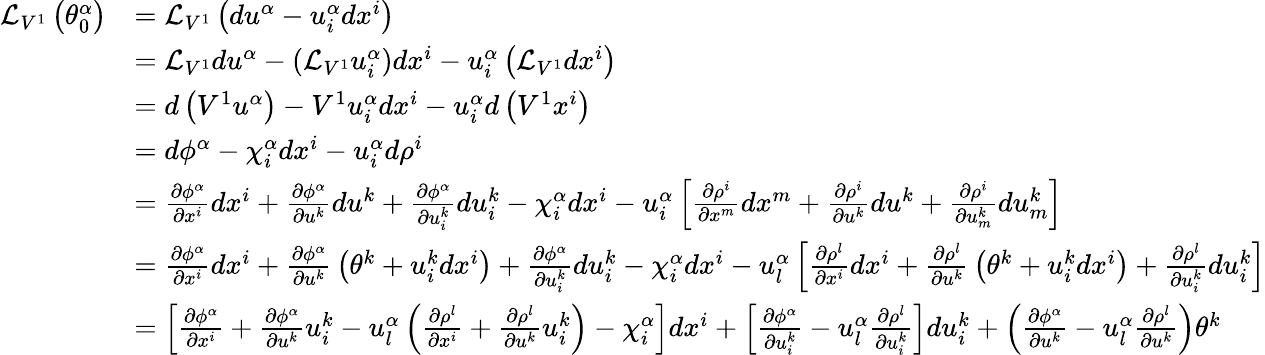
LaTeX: {\begin{array}{rl}{{\mathcal{L}}_{V^{1}}\left(\theta_{0}^{\alpha}\right)}&{={\mathcal{L}}_{V^{1}}\left(du^{\alpha}-u_{i}^{\alpha}dx^{i}\right)}\\ &{={\mathcal{L}}_{V^{1}}du^{\alpha}-\left({\mathcal{L}}_{V^{1}}u_{i}^{\alpha}\right)dx^{i}-u_{i}^{\alpha}\left({\mathcal{L}}_{V^{1}}dx^{i}\right)}\\ &{=d\left(V^{1}u^{\alpha}\right)-V^{1}u_{i}^{\alpha}dx^{i}-u_{i}^{\alpha}d\left(V^{1}x^{i}\right)}\\ &{=d\phi^{\alpha}-\chi_{i}^{\alpha}dx^{i}-u_{i}^{\alpha}d\rho^{i}}\\ &{={\frac{\partial\phi^{\alpha}}{\partial x^{i}}}dx^{i}+{\frac{\partial\phi^{\alpha}}{\partial u^{k}}}du^{k}+{\frac{\partial\phi^{\alpha}}{\partial u_{i}^{k}}}du_{i}^{k}-\chi_{i}^{\alpha}dx^{i}-u_{i}^{\alpha}\left[{\frac{\partial\rho^{i}}{\partial x^{m}}}dx^{m}+{\frac{\partial\rho^{i}}{\partial u^{k}}}du^{k}+{\frac{\partial\rho^{i}}{\partial u_{m}^{k}}}du_{m}^{k}\right]}\\ &{={\frac{\partial\phi^{\alpha}}{\partial x^{i}}}dx^{i}+{\frac{\partial\phi^{\alpha}}{\partial u^{k}}}\left(\theta^{k}+u_{i}^{k}dx^{i}\right)+{\frac{\partial\phi^{\alpha}}{\partial u_{i}^{k}}}du_{i}^{k}-\chi_{i}^{\alpha}dx^{i}-u_{l}^{\alpha}\left[{\frac{\partial\rho^{l}}{\partial x^{i}}}dx^{i}+{\frac{\partial\rho^{l}}{\partial u^{k}}}\left(\theta^{k}+u_{i}^{k}dx^{i}\right)+{\frac{\partial\rho^{l}}{\partial u_{i}^{k}}}du_{i}^{k}\right]}\\ &{=\left[{\frac{\partial\phi^{\alpha}}{\partial x^{i}}}+{\frac{\partial\phi^{\alpha}}{\partial u^{k}}}u_{i}^{k}-u_{l}^{\alpha}\left({\frac{\partial\rho^{l}}{\partial x^{i}}}+{\frac{\partial\rho^{l}}{\partial u^{k}}}u_{i}^{k}\right)-\chi_{i}^{\alpha}\right]dx^{i}+\left[{\frac{\partial\phi^{\alpha}}{\partial u_{i}^{k}}}-u_{l}^{\alpha}{\frac{\partial\rho^{l}}{\partial u_{i}^{k}}}\right]du_{i}^{k}+\left({\frac{\partial\phi^{\alpha}}{\partial u^{k}}}-u_{l}^{\alpha}{\frac{\partial\rho^{l}}{\partial u^{k}}}\right)\theta^{k}}\end{array}}